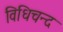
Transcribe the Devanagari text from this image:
विधिचन्द